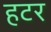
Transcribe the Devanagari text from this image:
हटर